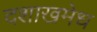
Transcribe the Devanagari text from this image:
दशाखमेध